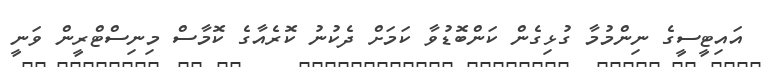
އައިޓީސީގެ ނިންމުމާ ގުޅިގެން ކަންބޮޑުވާ ކަމަށް ދެކުނު ކޮރެއާގެ ކޮމާސް މިނިސްޓްރީން ވަނީ